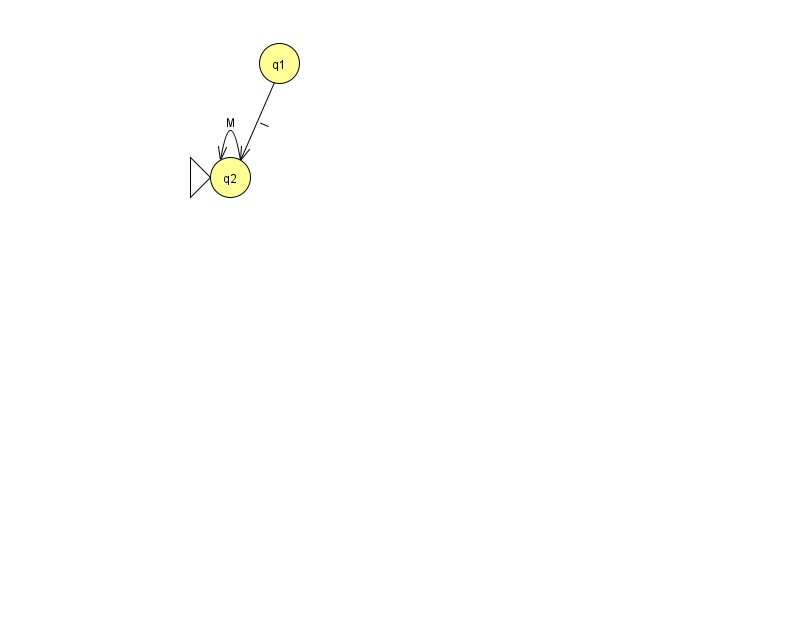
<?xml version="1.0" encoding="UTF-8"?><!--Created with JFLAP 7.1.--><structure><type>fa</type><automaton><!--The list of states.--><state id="1" name="q1"><x>279.0</x><y>50.0</y></state><state id="2" name="q2"><x>230.0</x><y>164.0</y><initial/></state><!--The list of transitions.--><transition><from>1</from><to>2</to><read>I</read></transition><transition><from>2</from><to>2</to><read>M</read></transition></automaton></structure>